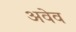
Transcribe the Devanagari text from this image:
अवेव